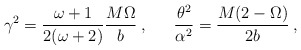
\begin{align*}\gamma^2=\frac{\omega+1}{2(\omega+2)}\frac{M \Omega}{b} \:,\:\:\:\:\:\:\: \frac{\theta^2}{\alpha^2}=\frac{M(2- \Omega)}{2b}\:, \end{align*}